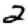
Digit: 2